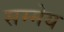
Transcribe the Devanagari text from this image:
सम्मेय